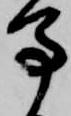
馬